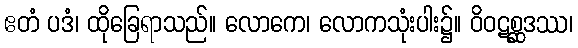
ဧတံ ပဒံ၊ ထိုခြေရာသည်။ လောကေ၊ လောကသုံးပါး၌။ ဝိဝဋစ္ဆဒဿ၊